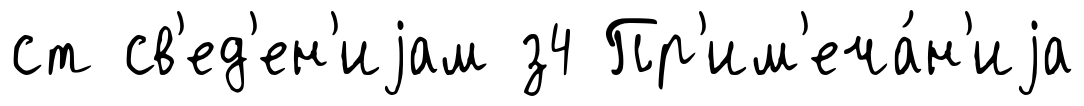
ст св'ед'ен'иjам з4 Пр'им'еча́н'иjа